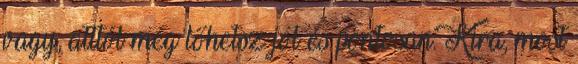
vagy, atttól még lőhetsz jól és pontosan. Kira, most